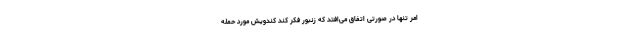
امر تنها در صورتی اتفاق می‌افتد که زنبور فکر کند کندویش مورد حمله